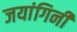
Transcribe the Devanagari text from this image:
जयांगिनी